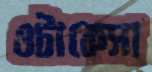
ওটাকেসা